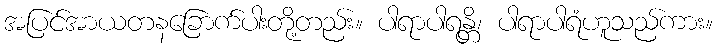
အပြင်အာယတနခြောက်ပါးတို့တည်း။ ပါရာပါရန္တိ၊ ပါရာပါရံဟူသည်ကား။